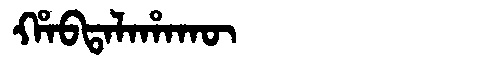
Manchu: ᡥᠠᠪᡨᠠᠯᠠᡥᠠᡴᡡ
Romanization: HABTALAHAKŪ